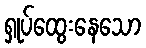
ရှုပ်ထွေးနေသော